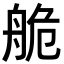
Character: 𦨹